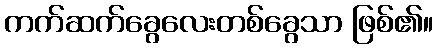
ကက်ဆက်ခွေလေးတစ်ခွေသာ ဖြစ်၏။